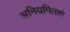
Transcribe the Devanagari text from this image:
अनियमिताएं